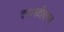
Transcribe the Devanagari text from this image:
बनावटीवरून